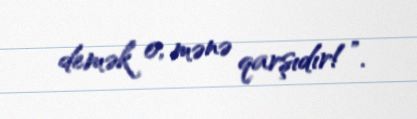
demək o, mənə qarşıdır!”.